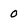
Character: 0